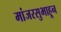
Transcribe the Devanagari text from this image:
मांजरसुभाहून